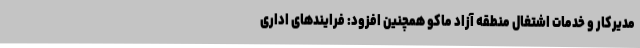
مدیرکار و خدمات اشتغال منطقه آزاد ماکو همچنین افزود: فرایندهای اداری